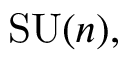
\mathrm { S U } ( n ) ,